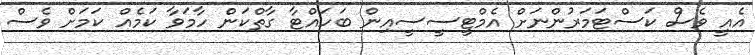
އެއީ ވެސް ކަސްޓަމަރުންނަށް އެމްޓީސީސީއިން ބަހައްޓާ ގާތްކަން ހާމަވާ ކަމެއް ކަމަށް ވެސް